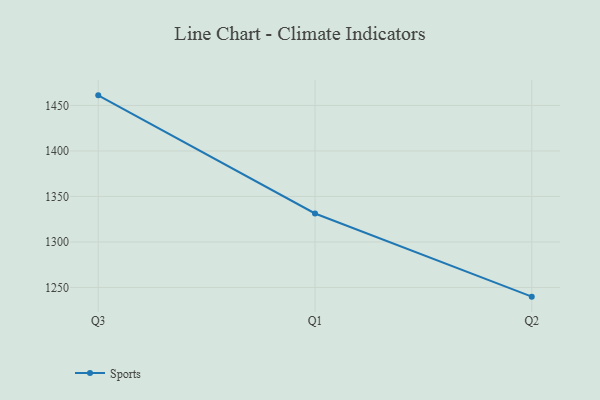
{"axis": {"x": "Quarter", "y": "Market Share (%)"}, "legend": ["Sports"], "data": [{"x": "Q3", "y": 1461.1, "type": "Sports"}, {"x": "Q1", "y": 1331.3, "type": "Sports"}, {"x": "Q2", "y": 1239.9, "type": "Sports"}]}